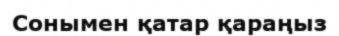
Сонымен қатар қараңыз